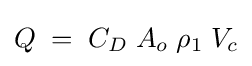
Q\;=\;C_{D}\;A_{o}\;\rho _{1}\;V_{c}